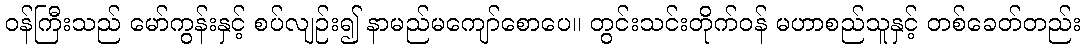
ဝန်ကြီးသည် မော်ကွန်းနှင့် စပ်လျဉ်း၍ နာမည်မကျော်စောပေ။ တွင်းသင်းတိုက်ဝန် မဟာစည်သူနှင့် တစ်ခေတ်တည်း